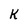
Character: k